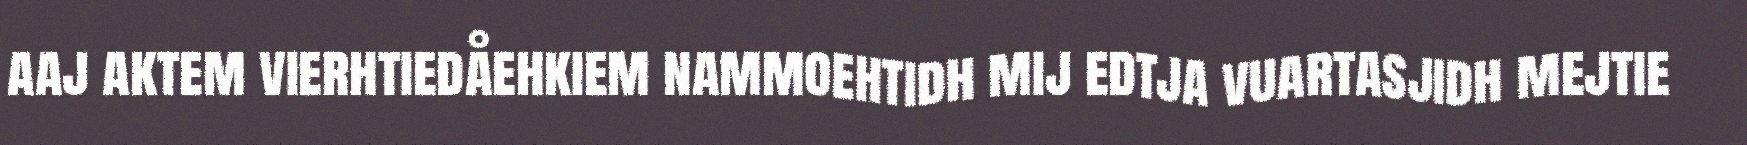
aaj aktem vierhtiedåehkiem nammoehtidh mij edtja vuartasjidh mejtie